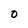
Character: O